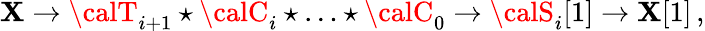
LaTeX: {\cal\mathbf{X}}\to{\calT}_{i+1}\star{\calC}_{i}\star\ldots\star{\calC}_{0}\to{\calS}_{i}[1]\to{\cal\mathbf{X}}[1]\, ,